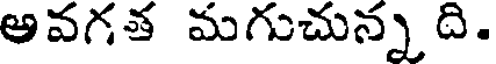
ఆవగత మగుచున్న ది.